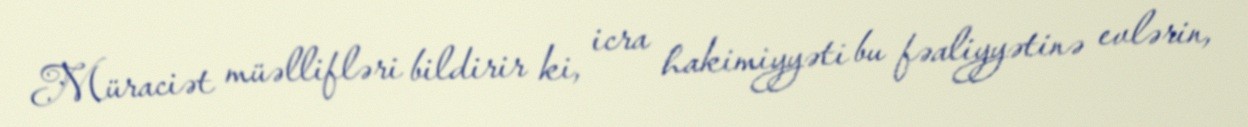
Müraciət müəllifləri bildirir ki, icra hakimiyyəti bu fəaliyyətinə evlərin,